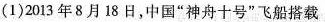
(1)2013年8月18日，中国”神舟十号”飞船搭载